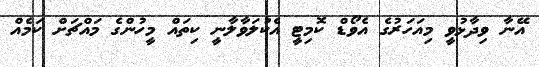
އޭނާ ވިދާޅުވީ މިއަހަރުގެ އެވޯޑް ކޮމިޓީ އެކުލަވާލާނީ ކިތައް މީހުންގެ މައްޗަށް ކަމެއް